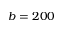
b = 2 0 0